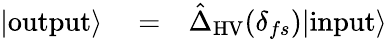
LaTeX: \begin{array}{rlr}{|\mathrm{output}\rangle}&{{}=}&{\hat{\Delta}_{\mathrm{HV}}(\delta_{fs})|\mathrm{input}\rangle}\end{array}